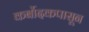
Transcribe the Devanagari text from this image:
कर्बोदकपासून